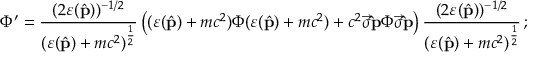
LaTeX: \Phi ^ { \prime } = \frac { ( 2 \varepsilon ( \hat { \bf p } ) ) ^ { - 1 / 2 } } { ( \varepsilon ( \hat { \bf p } ) + m c ^ { 2 } ) ^ { \frac { 1 } { 2 } } } \left( ( \varepsilon ( \hat { \bf p } ) + m c ^ { 2 } ) \Phi ( \varepsilon ( \hat { \bf p } ) + m c ^ { 2 } ) + c ^ { 2 } \vec { \sigma } { \bf \hat { p } } \Phi \vec { \sigma } { \bf \hat { p } } \right) \frac { ( 2 \varepsilon ( \hat { \bf p } ) ) ^ { - 1 / 2 } } { ( \varepsilon ( \hat { \bf p } ) + m c ^ { 2 } ) ^ { \frac { 1 } { 2 } } } \, ;